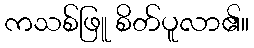
ကသစ်ဖြူ စိတ်ပူလာ၏။